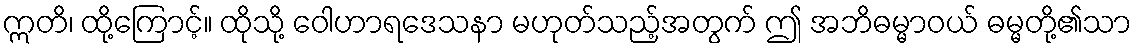
ဣတိ၊ ထို့ကြောင့်။ ထိုသို့ ဝေါဟာရဒေသနာ မဟုတ်သည့်အတွက် ဤ အဘိဓမ္မာဝယ် ဓမ္မတို့၏သာ